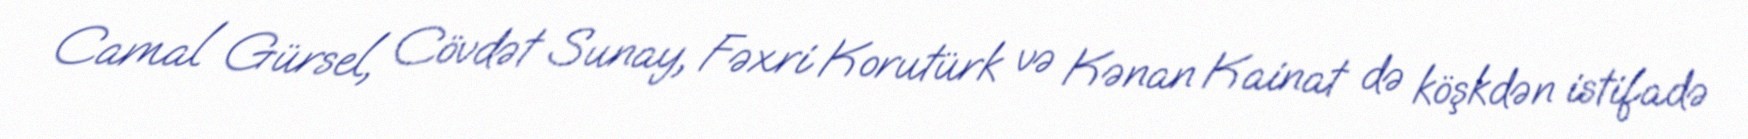
Camal Gürsel, Cövdət Sunay, Fəxri Korutürk və Kənan Kainat də köşkdən istifadə